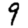
Digit: 9